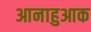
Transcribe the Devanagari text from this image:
आनाहुआक